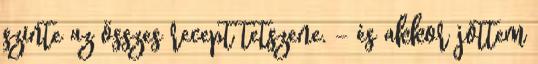
szinte az összes recept tetszene. - és akkor jöttem